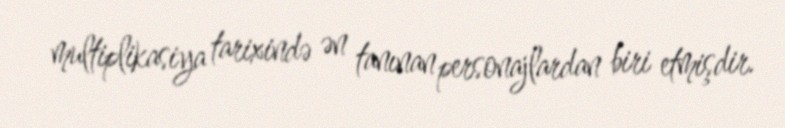
multiplikasiya tarixində ən tanınan personajlardan biri etmişdir.